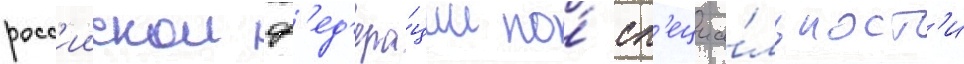
росс'иискои ф'ед'ера́ции по́ сп'ециа́льност'и